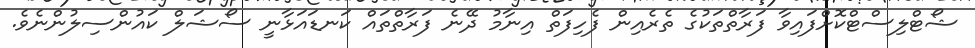
ޝޯޓްލިސްޓްކޮށްފައިވާ ފަރާތްތަކުގެ ތެރެއިން ފެހިފަތް އިނާމު ދޭނެ ފަރާތްތައް ކަނޑައަޅާނީ ސޯޝަލް ކައުންސިލުންނެވެ.